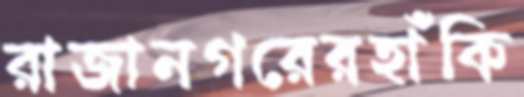
রাজানগরেরহাঁকি